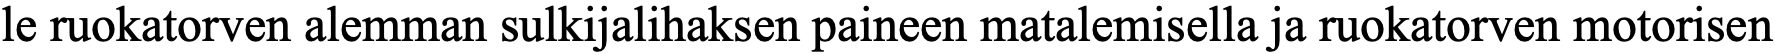
le ruokatorven alemman sulkijalihaksen paineen matalemisella ja ruokatorven motorisen